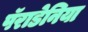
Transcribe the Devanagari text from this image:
पॅराडेनिया